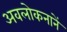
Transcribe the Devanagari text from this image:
अवलोकनानें